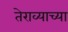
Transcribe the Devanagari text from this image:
तेराव्याच्या